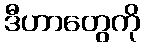
ဒီဟာတွေကို